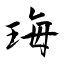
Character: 珻